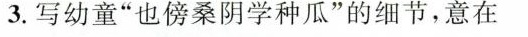
3.写幼童”也傍桑阴学种瓜”的细节，意在